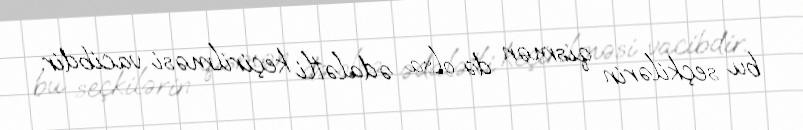
bu seçkilərin qismən də olsa ədalətli keçirilməsi vacibdir.